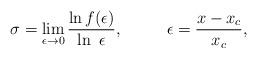
LaTeX: \begin{align*}\sigma =\lim _{\epsilon \rightarrow 0}\frac{ \ln f(\epsilon)}{\ln\ \epsilon}, \ ~~~~~~ \ \epsilon =\frac{x-x_c}{x_c},\end{align*}